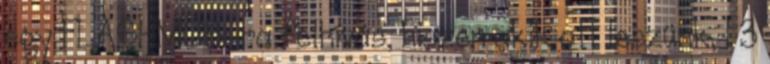
egy FLASHMOB-ra felhívás, hiszen akik ott leszünk, 1 3